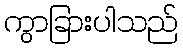
ကွာခြားပါသည်